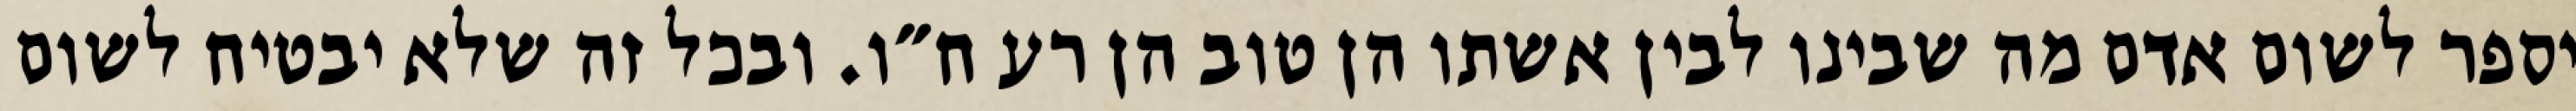
יספר לשום אדם מה שבינו לבין אשתו הן טוב הן רע ח״ו. ובכל זה שלא יבטיח לשום